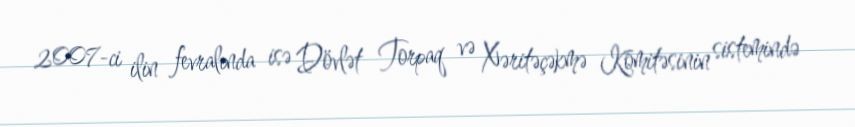
2007-ci ilin fevralında isə Dövlət Torpaq və Xəritəçəkmə Komitəsinin sistemində